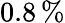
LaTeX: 0.8\, \%